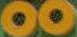
00